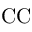
\mathrm { C C }